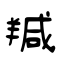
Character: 羬